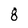
Character: 8